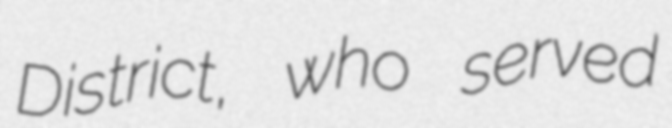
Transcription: District, who served